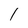
Character: l